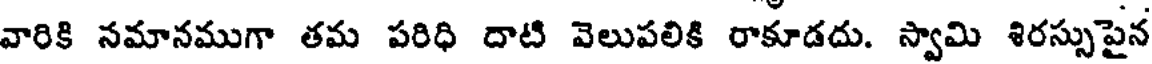
వారికి నమానముగా తమ పరిధి దాటి వెలుపలికి రాకూడదు. స్వామి శిరస్సుపైన